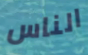
الناس